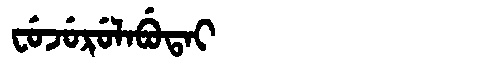
Manchu: ᠸᡠᠵᡠᡵᡠᠯᠠᠪᡠᡨᠠᡳ
Romanization: FUJURULABUTAI